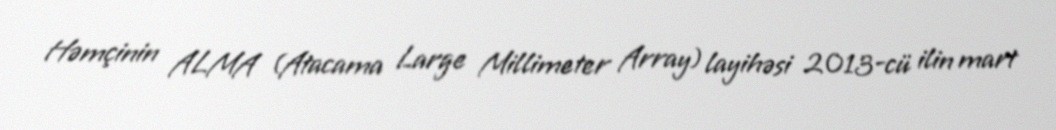
Həmçinin ALMA (Atacama Large Millimeter Array) layihəsi 2013-cü ilin mart